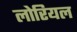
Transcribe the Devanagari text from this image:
लोरियल